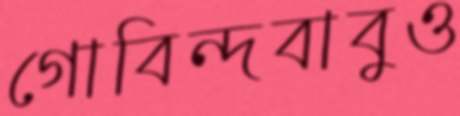
গোবিন্দবাবুও